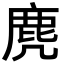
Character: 麂